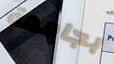
بجامعة